Report on sanitation, dispensaries, and jails in Rajputana for 1912, and on vaccination for the year 1912-1913 - 1912-1913
Year: 1912
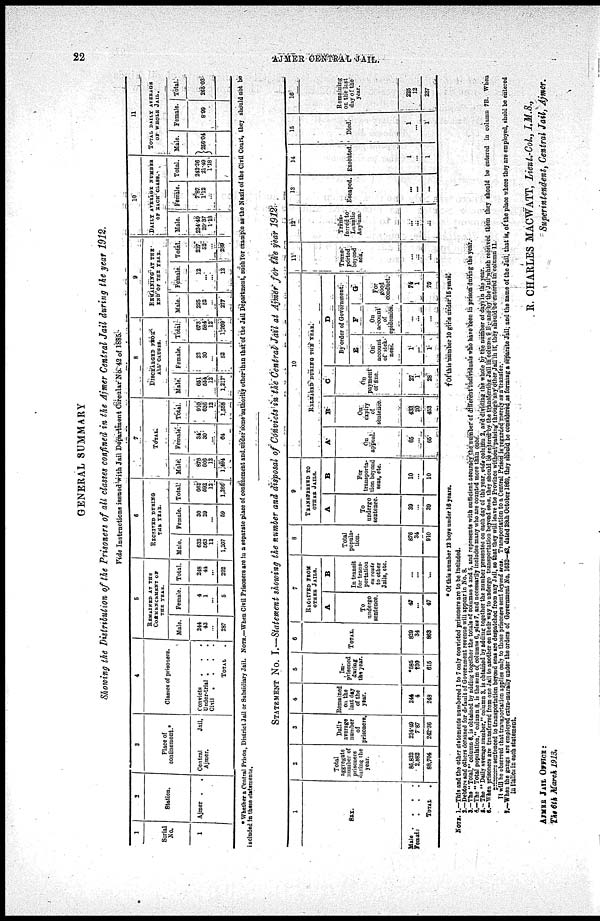
22
AJMER CENTRAL JAIL.
GENERAL SUMMARY
Showing the Distribution of the Prisoners of all classes confined in the Ajmer Central Jail during the year 1912.
Vide Instructions issued with Jail Department Circular No 42 of 1885.
1
Serial
No.
1
2
Station.
Ajmer . .
3
Place of
continement.*
Central
Jail.
Ajmer.
4
Classes of prisoners.
Convicts
. . .
Under-trial . . .
Civil .
.
.
.
TOTAL .
5
REMAINED AT THE
COMMENCEMENT OF
THE YEAR.
Male.
244
43
...
187
Female.
4
1
...
5
Total.
248
44
...
292
6 RECEIVED DURING
THE YEAR.
Male.
632
563
12
1,207
Female.
30
29
...
59
Total
662
592
12
1,266
7
TOTAL.
Male
876
606
12
1,494
Female
34
30
...
64
Total.
910
636
12
1,558
8
DISCHARGED FROM
ALL CAUSES.
Male
651
554
12
1,217
Female.
22
30
...
52
Total
673
584
12
1,269
9
REMAINING AT THE
END OF THE YEAR.
Male.
225
52
...
277
Female.
12
...
...
12
Total.
237
52
...
289
10
DAILY AVERAGE NUMBER
OF EACH CLASS.
Male.
234.49
20.37
1.18
Female.
7.87
1.12
...
Total.
242.36
21.49
1.18
11
TOTAL DAILY AVERAGE
OF WHOLE JAIL.
Male.
256.04
Female.
8.99
Total
265.03
* Whether a Central Prison, District Jail or Subsidiary Jail. NOTE.—When Civil Prisoners are in a separate place of confinement and under some authority other than that of the Jail Department, such for example as the Nazir of the Civil Court, they should not be
included in these statements.
STATEMENT No. I.—Statement showing the number and disposal of Convicts in the Central Jail at Ajmer for the year 1912
1
SEX.
Male
Female
. . . .
. . .
TOTAL
.
2
Total
aggregate
number of
prisoners
during the
year.
85,822
2,822
88,704
3
Daily
average
number
of
prisoners.
234.49
7.87
242.36
4
Remained
on the
last day
of the
year.
244
4
248
5
Im¬
prisoned
during
the year.
*585
†30
615
6
TOTAL.
829
34
863
7
RECEIVED FROM
OTHER JAILS.
A
To
undergo
sentence.
47
...
47
B
In transit
for trans¬
portation
en route
to other
Jails, etc.
...
...
...
8
Total
popula-
tion.
876
34
910
9
TRANSFERRED TO
OTHER JAILS.
A
To
undergo
sentence.
39
...
39
B
For
transporta-
tion beyond
seas, etc.
10
...
10
10
RELEASED DURING THE YEAR
A
On
appeal.
65
...
65
B
On.
expiry
of
sentence.
433
20
453
C
On
payment
of fine.
27
1
28
D
By order of Government
E
On
account
of sick¬
ness.
1
...
1
F
On
account
epidemics.
...
...
...
G
For
good
conduct.
74
1
75
11
Trans-
ported
beyond
sea.
...
...
...
12
Trans¬
ferred to
Lunatic
Asylum.
...
...
...
13
Escaped.
...
...
...
14
Executed.
1
...
1
15
Died.
1
...
1
16
Remaining
on the last
day of the
year.
225
12
237
* Of this number 12 boys under 16 years.
†Of this number 10 girls under 15 years.
NOTE. 1.—This and the other statements numbered 1 to 7 only convicted prisoners are to be included.
2.—Debtors and others detained for default of Government revenue will appear in No. 8.
3 —The " Tota1," column 6 is obtained by adding together the totals of columus 4 and 5. and represents with sufficient accuracy the number of different individuals who have been in prison during the year.
4.—The Total population." column 8, is the earn of columns 6, plus 7, and necessarily includes many who are counted more than once.
5.— The " Daily average number," column 3, is obtained by adding together the number presented on each day of the year. vide column 2, and dividing the whole by the number of days in the year.
6.—When prisoners are transferred from one Jail to another on their way to undergo transportation beyond seas. they should be entered by the transferring jail in column 9 B; and by the Jail which received them they should be entered in column 7B. When
prisoners sentenced to trsnsportation beyond seas are despatched from any Jail, so that they will leave the Province without passing through any other Jail in it, they should be entered in column 11.
It will be observed that transportation applies only to those prisoners sent beyond seas. Transportation to a Central Prison is regarded merely as a transfer.
7.—When the gangs are employed extra-murally under the orders of Government No. 1632—43, dated 28th October 1869, they should be considered as forming a separate Jail, and the name of the Jail that is, of the place where they are employed, shold be entered
in Italics in each statement.
R. CHARLES MACWATT, Lieut.-Col, I.M.S.,
Superintendent, Central Jail, Ajmer.
AJMER JAIL OFFICE:
The 6th March 1913.